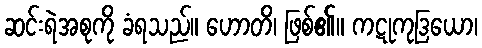
ဆင်းရဲအစုကို ခံရသည်။ ဟောတိ၊ ဖြစ်၏။ ကဋုကုဒြယော၊